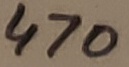
Text: 470